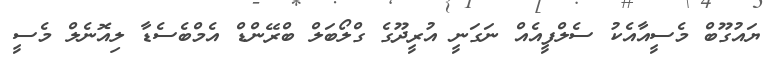
ޔައުގޫބް މެސީއާއެކު ސެލްފީއެއް ނަގަނީ އުރީދޫގެ ގްލޯބަލް ބްރޭންޑް އެމްބެސެޑާ ލިއޮނެލް މެސީ